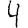
Digit: 4